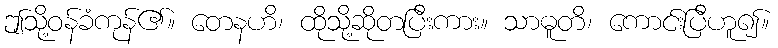
ဤသို့ဝန်ခံကုန်၏။ တေနဟိ၊ ထိုသို့ဆိုတပြီးကား။ သာဓူတိ၊ ကောင်းပြီဟူ၍။